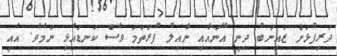
ދަރިފުޅަށް ޒައިނަބު ދިނީ އޭނައާއި ނާއިލު ފުރަތަމަ ވެސް ކަނޑައެޅި ނަމެވެ. އެއީ